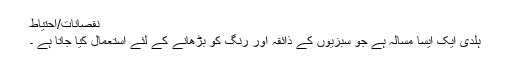
نقصانات/احتیاط
ہلدی ایک ایسا مسالہ ہے جو سبزیوں کے ذائقہ اور رنگ کو بڑھانے کے لئے استعمال کیا جاتا ہے ۔